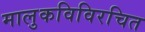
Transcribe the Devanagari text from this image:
मालुकविविरचित